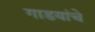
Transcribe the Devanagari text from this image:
गाडयांचे